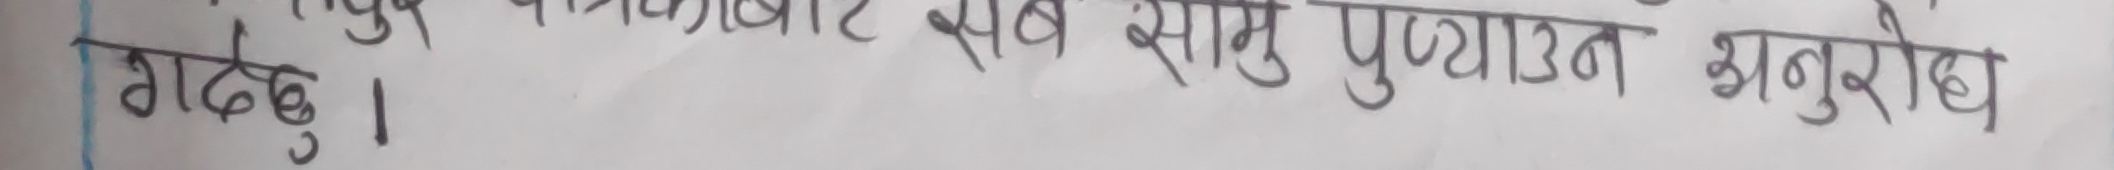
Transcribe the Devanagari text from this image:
मदछ। सब सामू पुऱ्याउन अनुरोध गर्दछु।